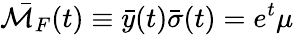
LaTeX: \bar{{\cal M}_{F}}(t)\equiv\bar{y}(t)\bar{\sigma}(t)=e^{t}\mu